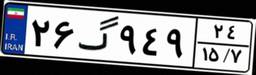
۲۶گ۹۴۹۲۴